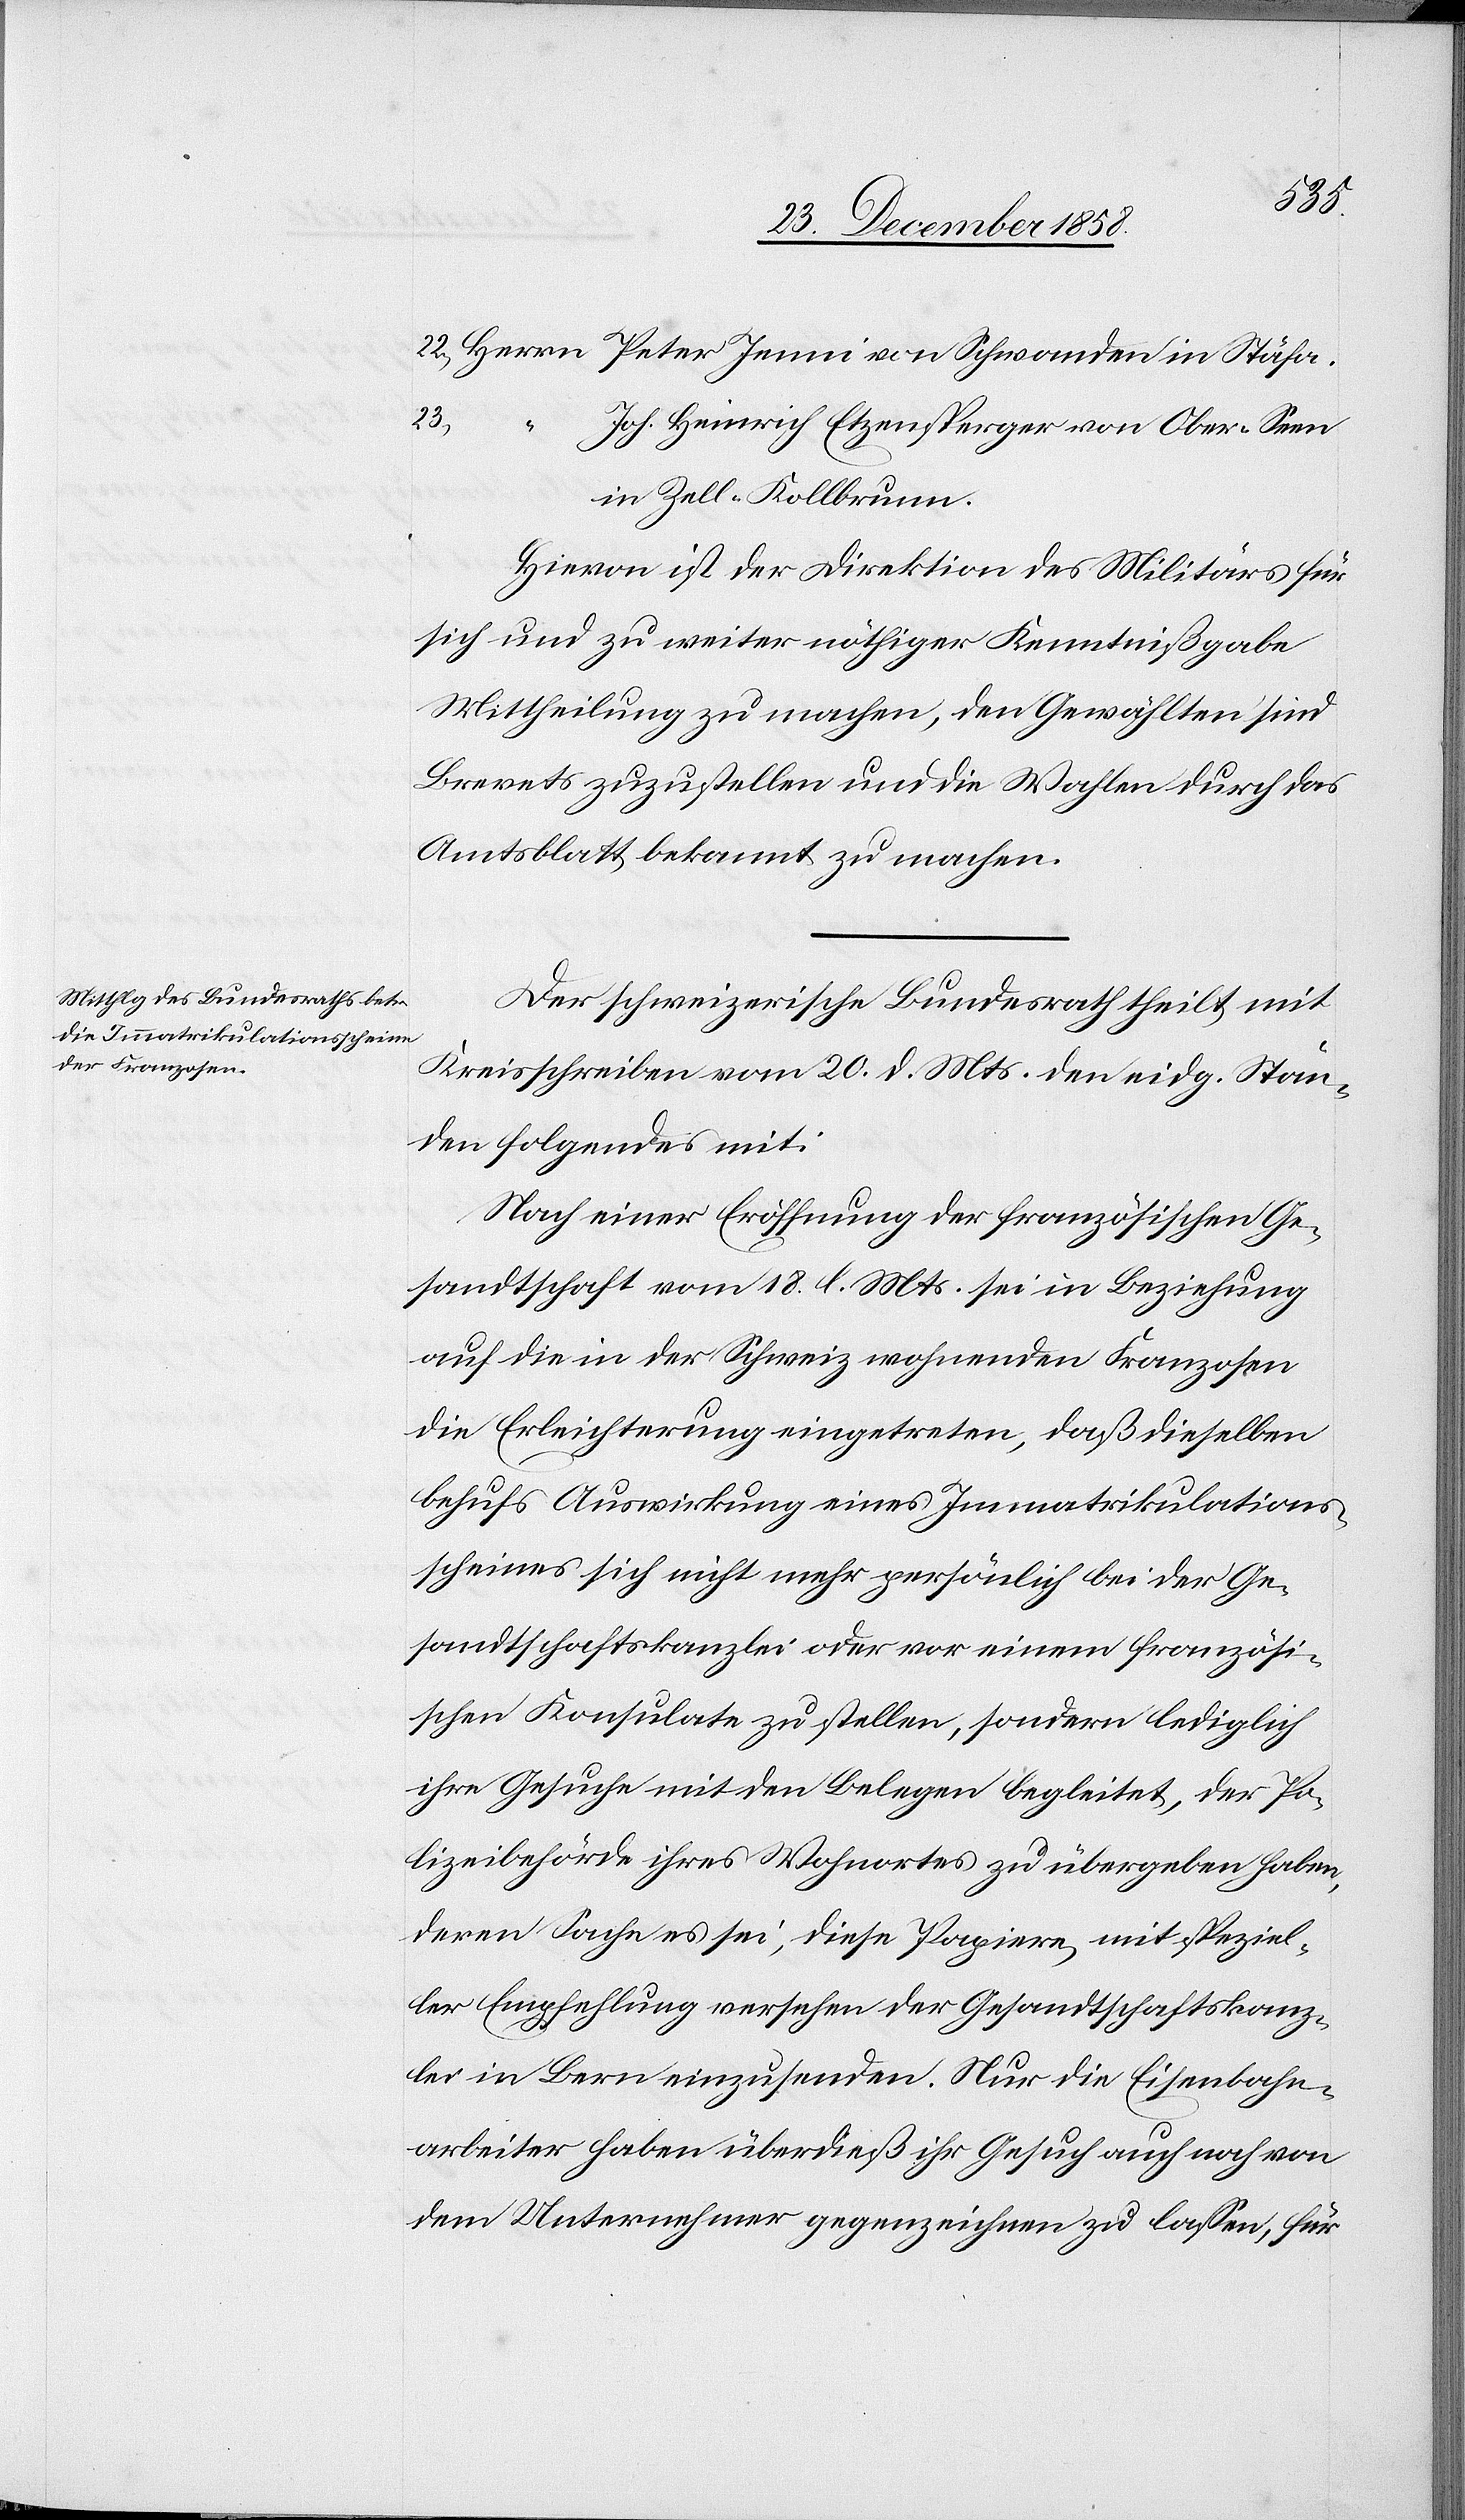
Rath
28.
Kreisschreiben vom 29. v. Mts. an, der Große